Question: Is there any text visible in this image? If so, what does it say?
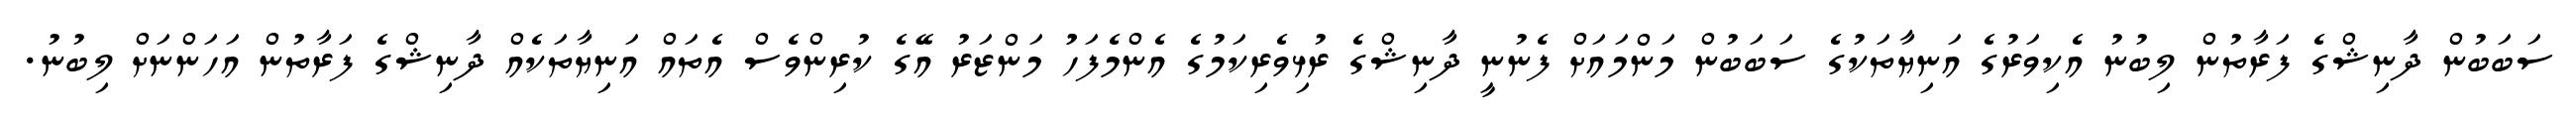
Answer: ސަބަބުން ދާނިޝްގެ ފަރާތުން ލިބުނު އެކިވަރުގެ އަނިޔާތަކުގެ ސަބަބުން މަންމައަށް ފެނުނީ ދާނިޝްގެ ރުޅިވެރިކަމުގެ އެންމެފަހުު މަންޒަރު އޭގެ ކުރިންވެސް އެތައް އަނިޔާތަކެއް ދާނިޝްގެ ފަރާތުން އަހަންނަށް ލިބުނު.